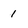
Character: 1